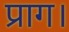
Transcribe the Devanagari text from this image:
प्राग।